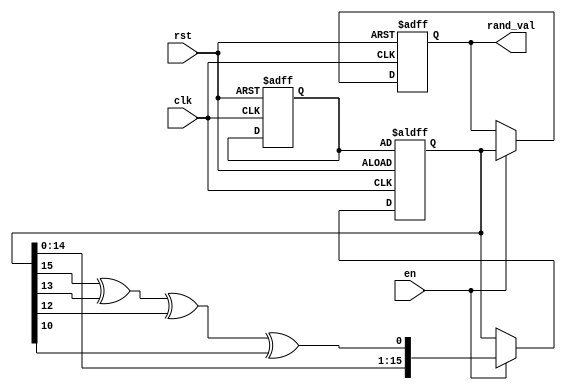
module Random_Initialization (
    input wire clk,          // Clock signal
    input wire rst,          // Asynchronous reset signal
    input wire en,           // Enable signal
    output reg [15:0] rand_val // Random value output (16-bit)
);

    reg [15:0] seed;        // Seed for the random number generator
    reg [15:0] random_state; // Current state of the random number generator

    // Pseudo-random number generation using a simple Linear Feedback Shift Register (LFSR)
    always @(posedge clk or posedge rst) begin
        if (rst) begin
            // Reset behavior
            rand_val <= 16'b0; // Initialize output to zero
            seed <= 16'hACE1;  // Initialize seed to a predefined value
            random_state <= seed; // Initialize random state with seed
        end else if (en) begin
            // Random value generation
            // Example LFSR feedback polynomial: x^16 + x^14 + x^13 + x^11 + 1
            random_state <= {random_state[14:0], random_state[15] ^ random_state[13] ^ random_state[12] ^ random_state[10]};
            rand_val <= random_state; // Update output with the new random state
        end
    end

endmodule